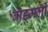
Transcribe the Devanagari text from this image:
बोडूमली